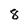
Character: 8